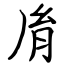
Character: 𦙍